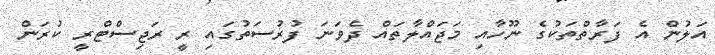
އަލުން އެ ފަރާތްތަކުގެ ނޫހާއި މަޖައްލާތައް ދެވަނަ ފުރުސަތުގައި ރީ ރަޖިސްޓްރީ ކުރަން